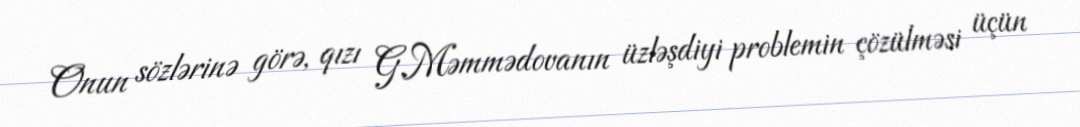
Onun sözlərinə görə, qızı G.Məmmədovanın üzləşdiyi problemin çözülməsi üçün